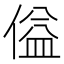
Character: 𪝞